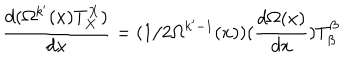
\frac { d ( \Omega ^ { k ^ { \prime } } ( x ) T _ { X } ^ { X } ) } { d x } = ( 1 / 2 \Omega ^ { k ^ { \prime } - 1 } ( x ) ) ( \frac { d \Omega ( x ) } { d x } ) T _ { \beta } ^ { \beta }